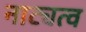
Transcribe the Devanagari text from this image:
नाट्यत्व